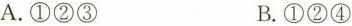
A.①②③ B.①②④